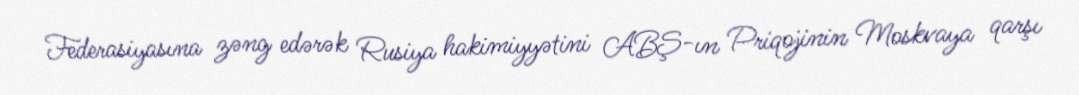
Federasiyasına zəng edərək Rusiya hakimiyyətini ABŞ-ın Priqojinin Moskvaya qarşı